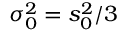
\sigma _ { 0 } ^ { 2 } = s _ { 0 } ^ { 2 } / 3